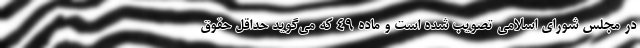
در مجلس شورای اسلامی تصویب شده است و ماده ۴۹ که می‌گوید حداقل حقوق